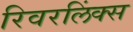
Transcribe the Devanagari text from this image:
रिवरलिंक्स